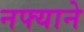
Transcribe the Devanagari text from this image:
नफ्याने